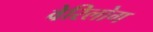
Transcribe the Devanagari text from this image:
वेरिलोग